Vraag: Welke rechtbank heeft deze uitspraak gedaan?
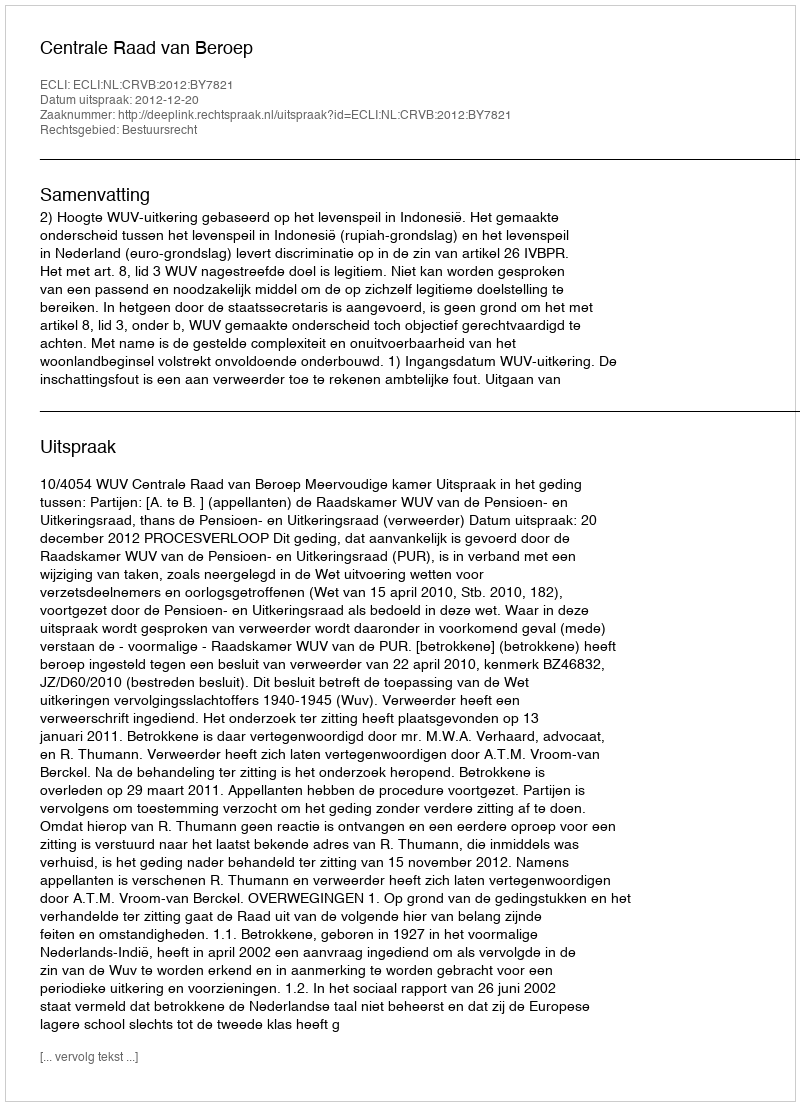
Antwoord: Centrale Raad van Beroep